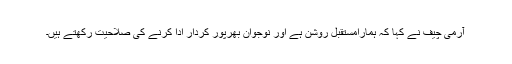
آرمی چیف نے کہا کہ ہمارامستقبل روشن ہے اور نوجوان بھرپور کردار ادا کرنے کی صلاحیت رکھتے ہیں۔